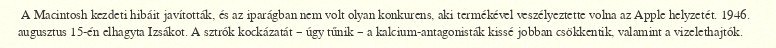
A Macintosh kezdeti hibáit javították, és az iparágban nem volt olyan konkurens, aki termékével veszélyeztette volna az Apple helyzetét. 1946. augusztus 15-én elhagyta Izsákot. A sztrók kockázatát ‒ úgy tűnik ‒ a kalcium-antagonisták kissé jobban csökkentik, valamint a vizelethajtók.